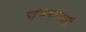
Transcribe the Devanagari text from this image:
उंबरावती